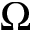
\Omega